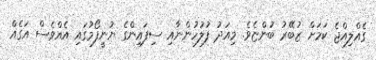
ގެއްލިއްޖެ ކަމަށް ޒުބޭރު ބުންޏެވެ. މިއަދު ފުލުހުންނާއި ސިފައިންގެ ޔުނީފޯމުގައި އެއްވެސް އަގެއް